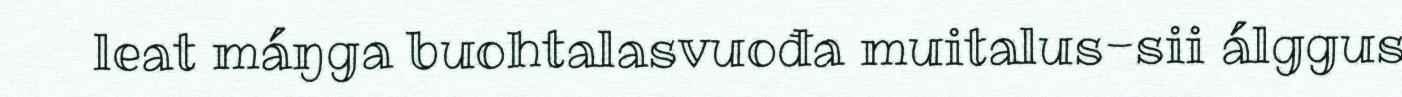
leat máŋga buohtalasvuođa muitalus-sii álggus